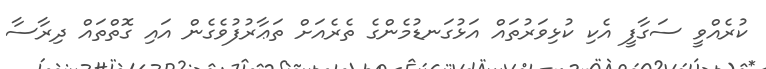
ކުރެއްވީ ސަގާފީ އެކި ކުޅިވަރުތައް އަޅުގަނޑުމެންގެ ތެރެއަށް ތަޢާރުފުވެގެން އައި ގޮތްތައް ދިރާސާ